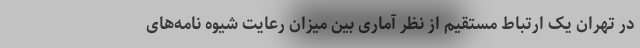
در تهران یک ارتباط مستقیم از نظر آماری بین میزان رعایت شیوه نامه‌های